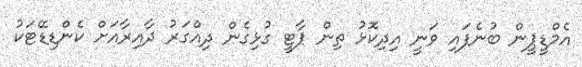
އެމްޑީޕީން ބުނެފައި ވަނީ އިދިކޮޅު ތިން ޕާޓީ ގުޅިގެން ދިއްގަރު ދާއިރާއަށް ކެންޑިޑޭޓަކު